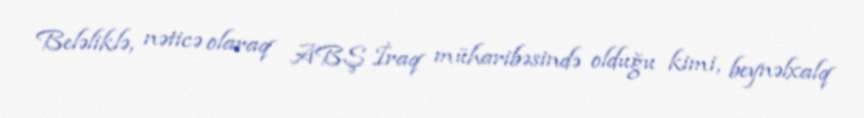
Beləliklə, nəticə olaraq ABŞ İraq müharibəsində olduğu kimi, beynəlxalq